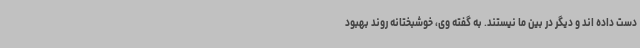
دست داده اند و دیگر در بین ما نیستند. به گفته وی، خوشبختانه روند بهبود